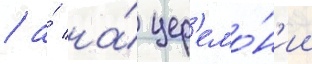
/ а́ на́ цер'емо́н'ии